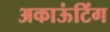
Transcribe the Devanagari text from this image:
अकाऊंटिंग